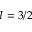
I = 3 / 2